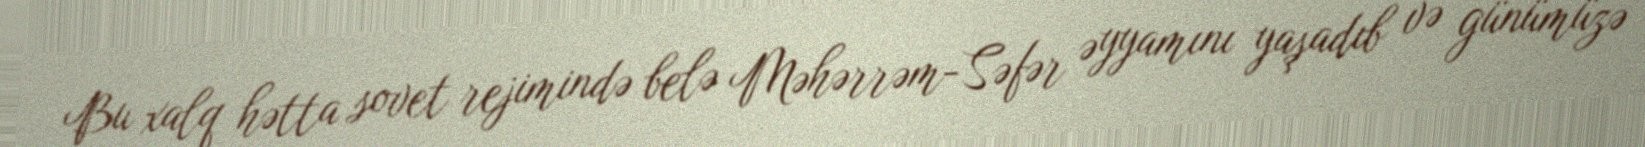
Bu xalq hətta sovet rejimində belə Məhərrəm-Səfər əyyamını yaşadıb və günümüzə